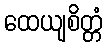
ထေယျစိတ္တံ